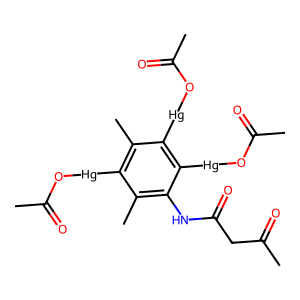
SMILES: CC(=O)CC(=O)Nc1c(C)c([Hg]OC(C)=O)c(C)c([Hg]OC(C)=O)c1[Hg]OC(C)=O
Inhibits HIV replication: No